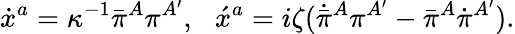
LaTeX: \dot{x}{}^{a}=\kappa^{-1}\bar{\pi}{}^{A}\pi^{A^{\prime}},\, \, \, \, \acute{x}{}^{a}=i\zeta(\dot{\bar{\pi}}{}^{A}\pi^{A^{\prime}}-\bar{\pi}{}^{A}\dot{\pi}{}^{A^{\prime}}).